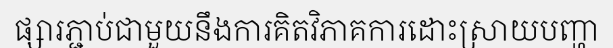
ផ្សារភ្ជាប់ជាមួយនឹងការគិតវិភាគការដោះស្រាយបញ្ហា